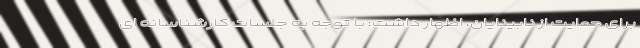
برای حمایت از نابینایان، اظهار داشت: با توجه به جلسات کارشناسانه ای